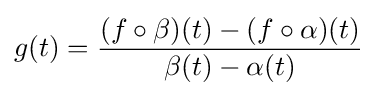
g(t)={\frac {(f\circ \beta )(t)-(f\circ \alpha )(t)}{\beta (t)-\alpha (t)}}